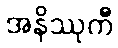
အနိဿုကီ